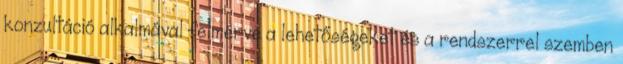
konzultáció alkalmával felmérve a lehetőségeket és a rendszerrel szemben